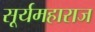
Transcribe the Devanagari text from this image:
सूर्यमहाराज